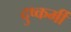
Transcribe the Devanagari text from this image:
दुष्कर्मी